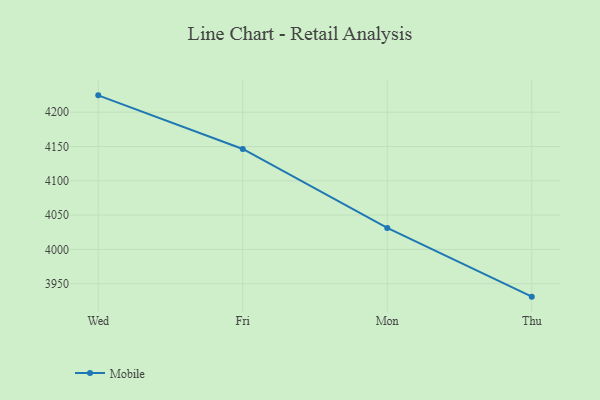
{"axis": {"x": "Day", "y": "Waste Production (Tons)"}, "legend": ["Mobile"], "data": [{"x": "Wed", "y": 4224.6, "type": "Mobile"}, {"x": "Fri", "y": 4146.4, "type": "Mobile"}, {"x": "Mon", "y": 4031.3, "type": "Mobile"}, {"x": "Thu", "y": 3931.1, "type": "Mobile"}]}